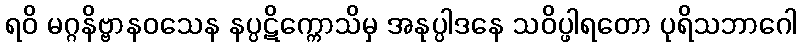
ရဝိ မဂ္ဂနိဗ္ဗာနဝသေန နပ္ပဋိက္ကောသိမှ အနုပ္ပါဒနေ သဝိပ္ဖါရတော ပုရိသဘာဂေါ